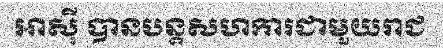
អាស៊ី បានបន្តសហការជាមួយរាជ